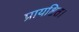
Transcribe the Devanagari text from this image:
प्रायश्चित।